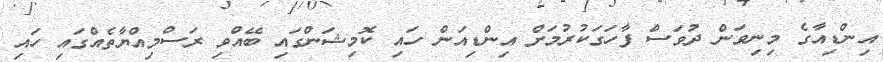
އިންޑިއާގެ މިނިވަން ދުވަސް ފާހަގަކުރުމަށް އިންޑިއަން ހައި ކޮމިޝަންގައި ބޭއްވި ރަސްމިއްޔާތެއްގައި ހައި